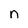
Character: n